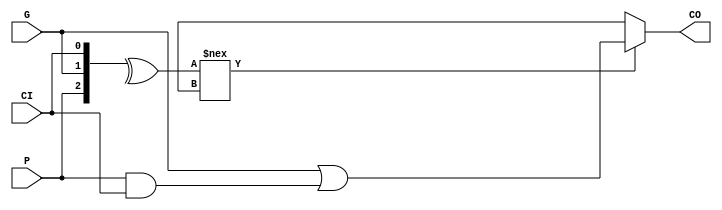
module techlib_lcu (P, G, CI, CO);
parameter WIDTH = 1;
input [WIDTH-1:0] P, G;
input CI;
output reg [WIDTH-1:0] CO;
integer i;
always @* begin
	CO = 'bx;
	if (^{P, G, CI} !== 1'bx) begin
		CO[0] = G[0] || (P[0] && CI);
		for (i = 1; i < WIDTH; i = i+1)
			CO[i] = G[i] || (P[i] && CO[i-1]);
	end
end
endmodule